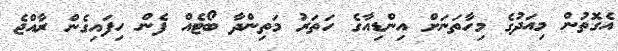
އެގޮތުން މިއަދުގެ މިހާތަނަށް އިންޑިއާގެ ހަތަރު މަތިންދާ ބޯޓެއް ފެން ހިފައިގެން ރާއްޖެ